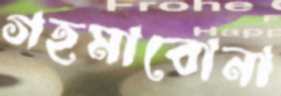
গহমাবোনা